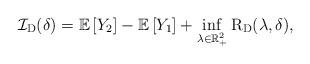
LaTeX: \begin{align*}\mathcal{I}_{\mathrm{D} }(\delta)=\mathbb{E}\left[Y_2\right]-\mathbb{E}\left[Y_1\right]+\inf _{\lambda \in \mathbb{R}_{+}^2} \mathrm{R}_{\mathrm{D}}(\lambda, \delta),\end{align*}